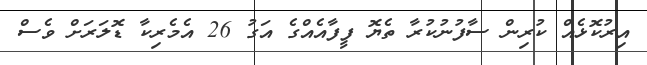
އިރުކޮޅެއް ކުރިން ސާފުނުކުރާ ތެޔޮ ފީފާއެއްގެ އަގު 26 އެމެރިކާ ޑޮލަރަށް ވެސް